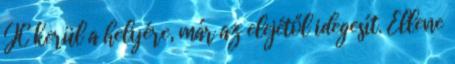
JC kerül a helyére, már az elejétől idegesít. Ellene